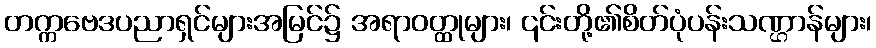
တက္ကဗေဒပညာရှင်များအမြင်၌ အရာဝတ္ထုများ၊ ၎င်းတို့၏စိတ်ပုံပန်းသဏ္ဌာန်များ၊